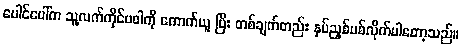
ပေါင်ပေါ်က သူ့လက်ကိုင်ပဝါကို ကောက်ယူ ပြီး တစ်ချက်တည်း နှပ်ညှစ်ပစ်လိုက်ပါတော့သည်။